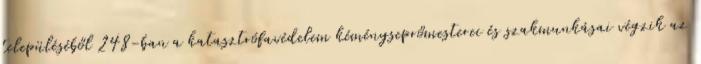
településéből 248-ban a katasztrófavédelem kéményseprőmesterei és szakmunkásai végzik az